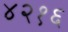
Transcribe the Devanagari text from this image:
४२१६